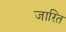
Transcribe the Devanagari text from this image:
जारित